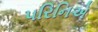
પરિનિએ